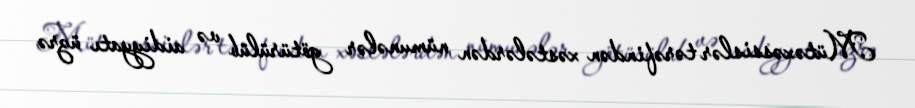
Mütəxəssislər tərəfindən xəstələrdən nümunələr götürülüb və aidiyyatı üzrə